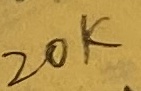
Text: 20K